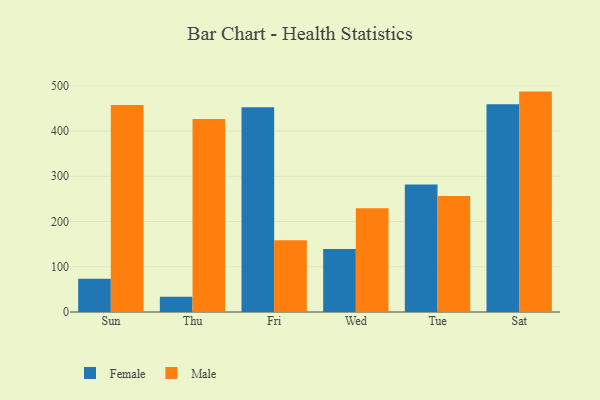
{"axis": {"x": "Day", "y": "Market Share (%)"}, "legend": ["Female", "Male"], "data": [{"x": "Sun", "y": 73.5, "type": "Female"}, {"x": "Sun", "y": 457.8, "type": "Male"}, {"x": "Thu", "y": 33.6, "type": "Female"}, {"x": "Thu", "y": 426.4, "type": "Male"}, {"x": "Fri", "y": 452.4, "type": "Female"}, {"x": "Fri", "y": 158.8, "type": "Male"}, {"x": "Wed", "y": 139.4, "type": "Female"}, {"x": "Wed", "y": 229.3, "type": "Male"}, {"x": "Tue", "y": 282.1, "type": "Female"}, {"x": "Tue", "y": 256.4, "type": "Male"}, {"x": "Sat", "y": 459.0, "type": "Female"}, {"x": "Sat", "y": 487.2, "type": "Male"}]}